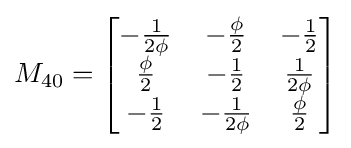
M_{40}={\begin{bmatrix}-{\frac {1}{2\phi }}&-{\frac {\phi }{2}}&-{\frac {1}{2}}\\{\frac {\phi }{2}}&-{\frac {1}{2}}&{\frac {1}{2\phi }}\\-{\frac {1}{2}}&-{\frac {1}{2\phi }}&{\frac {\phi }{2}}\end{bmatrix}}